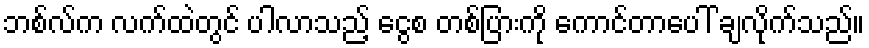
ဘစ်လ်က လက်ထဲတွင် ပါလာသည့် ငွေစ တစ်ပြားကို ကောင်တာပေါ် ချလိုက်သည်။